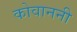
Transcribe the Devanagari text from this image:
कोवाननी